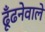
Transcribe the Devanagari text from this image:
ढूँढनेवाले